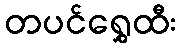
တပင်ရွှေထီး